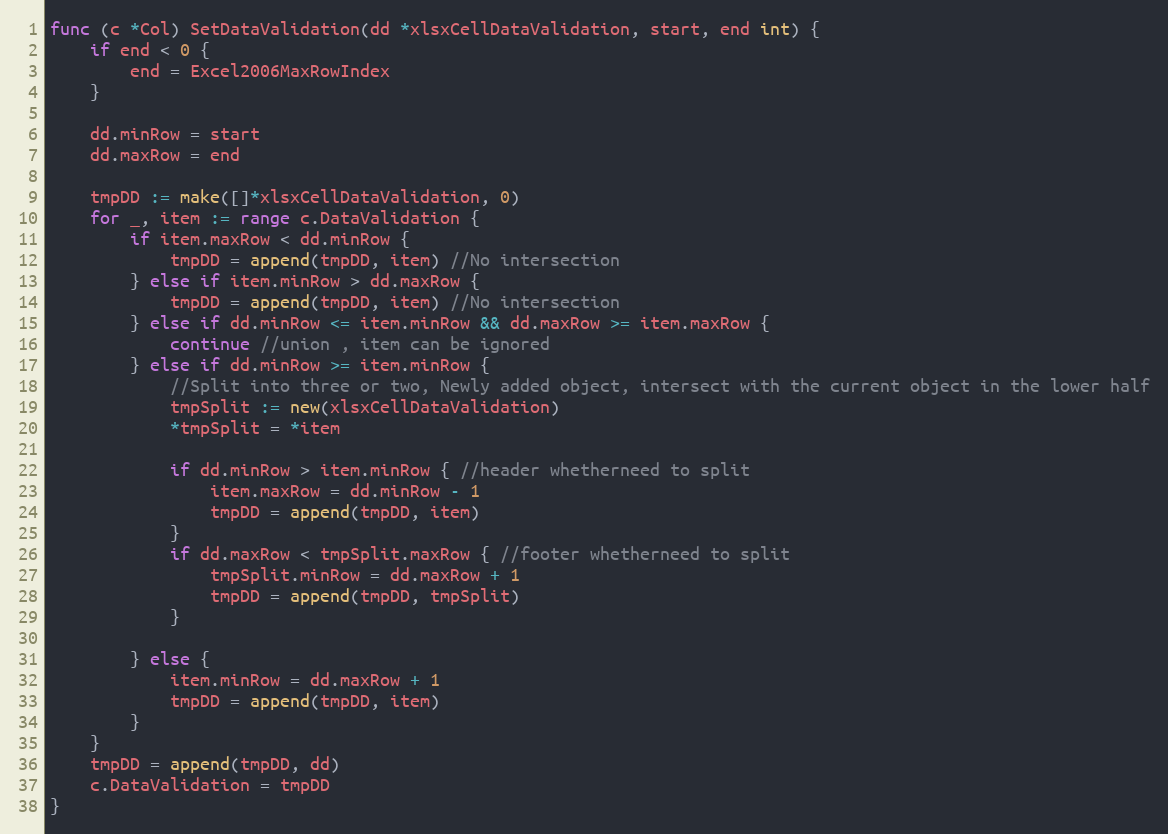
Language: Go
func (c *Col) SetDataValidation(dd *xlsxCellDataValidation, start, end int) {
	if end < 0 {
		end = Excel2006MaxRowIndex
	}

	dd.minRow = start
	dd.maxRow = end

	tmpDD := make([]*xlsxCellDataValidation, 0)
	for _, item := range c.DataValidation {
		if item.maxRow < dd.minRow {
			tmpDD = append(tmpDD, item) //No intersection
		} else if item.minRow > dd.maxRow {
			tmpDD = append(tmpDD, item) //No intersection
		} else if dd.minRow <= item.minRow && dd.maxRow >= item.maxRow {
			continue //union , item can be ignored
		} else if dd.minRow >= item.minRow {
			//Split into three or two, Newly added object, intersect with the current object in the lower half
			tmpSplit := new(xlsxCellDataValidation)
			*tmpSplit = *item

			if dd.minRow > item.minRow { //header whetherneed to split
				item.maxRow = dd.minRow - 1
				tmpDD = append(tmpDD, item)
			}
			if dd.maxRow < tmpSplit.maxRow { //footer whetherneed to split
				tmpSplit.minRow = dd.maxRow + 1
				tmpDD = append(tmpDD, tmpSplit)
			}

		} else {
			item.minRow = dd.maxRow + 1
			tmpDD = append(tmpDD, item)
		}
	}
	tmpDD = append(tmpDD, dd)
	c.DataValidation = tmpDD
}